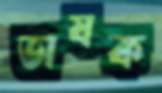
ভাষক